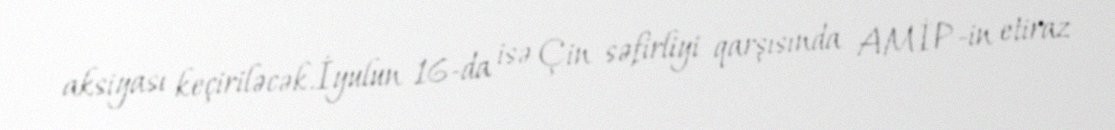
aksiyası keçiriləcək.İyulun 16-da isə Çin səfirliyi qarşısında AMİP-in etiraz